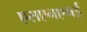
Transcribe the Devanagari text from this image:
एसएनएमई